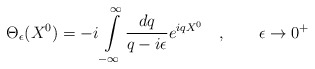
\begin{align*}\Theta _{\epsilon }(X^{0})=-i\int\limits_{-\infty }^{\infty }\frac{dq}{q-i\epsilon }e^{iqX^{0}}\quad ,\qquad \epsilon \rightarrow 0^{+}\end{align*}